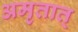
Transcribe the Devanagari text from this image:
अमृतात्‌